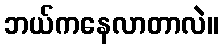
ဘယ်ကနေလာတာလဲ။